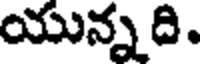
యున్న ది.